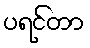
ပရင်တာ